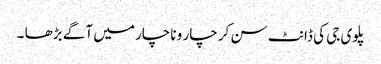
پلوی جی کی ڈانٹ سن کر چار و ناچار میں آگے بڑھا ۔